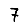
Digit: 7